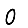
Digit: 0